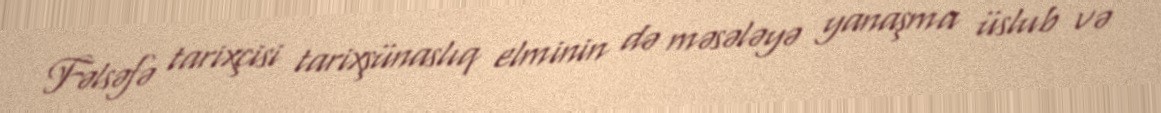
Fəlsəfə tarixçisi tarixşünaslıq elminin də məsələyə yanaşma üslub və